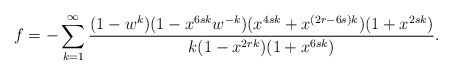
\begin{align*}f = -\sum_{k=1}^{\infty}\frac{(1-w^k)(1-x^{6sk}w^{-k})(x^{4sk}+x^{(2r-6s)k})(1+x^{2sk})}{k(1-x^{2rk})(1+x^{6sk})}.\end{align*}